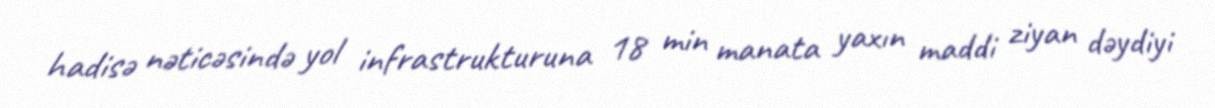
hadisə nəticəsində yol infrastrukturuna 18 min manata yaxın maddi ziyan dəydiyi